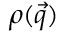
\rho ( \vec { q } )